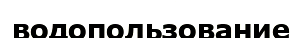
водопользование